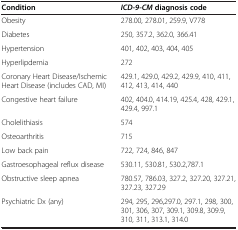
<table><thead><tr><td><b>Condition</b></td><td><b><i>ICD-9-CM </i>diagnosis code</b></td></tr></thead><tbody><tr><td>Obesity</td><td>278.00, 278.01, 259.9, V778</td></tr><tr><td>Diabetes</td><td>250, 357.2, 362.0, 366.41</td></tr><tr><td>Hypertension</td><td>401, 402, 403, 404, 405</td></tr><tr><td>Hyperlipdemia</td><td>272</td></tr><tr><td>Coronary Heart Disease/Ischemic Heart Disease (includes CAD, MI)</td><td>429.1, 429.0, 429.2, 429.9, 410, 411, 412, 413, 414, 440</td></tr><tr><td>Congestive heart failure</td><td>402, 404.0, 414.19, 425.4, 428, 429.1, 429.4, 997.1</td></tr><tr><td>Cholelithiasis</td><td>574</td></tr><tr><td>Osteoarthritis</td><td>715</td></tr><tr><td>Low back pain</td><td>722, 724, 846, 847</td></tr><tr><td>Gastroesophageal reflux disease</td><td>530.11, 530.81, 530.2,787.1</td></tr><tr><td>Obstructive sleep apnea</td><td>780.57, 786.03, 327.2, 327.20, 327.21, 327.23, 327.29</td></tr><tr><td>Psychiatric Dx (any)</td><td>294, 295, 296,297.0, 297.1, 298, 300, 301, 306, 307, 309.1, 309.8, 309.9, 310, 311, 313.1, 314.0</td></tr></tbody></table>